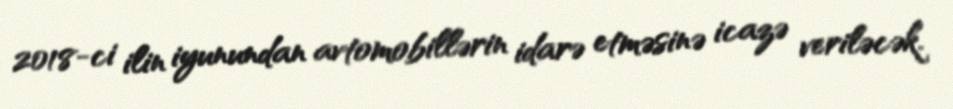
2018-ci ilin iyunundan avtomobillərin idarə etməsinə icazə veriləcək.